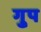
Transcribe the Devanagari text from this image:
गु्प